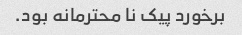
برخورد پیک نا محترمانه بود.